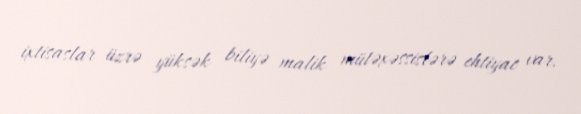
ixtisaslar üzrə yüksək biliyə malik mütəxəssislərə ehtiyac var.